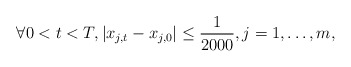
\begin{align*}\forall 0<t<T, |x_{j,t}-x_{j,0}|\leq \frac{1}{2000}, j=1,\dots, m,\end{align*}